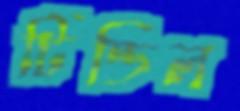
টিন্ডিল